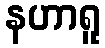
နဟာရူ